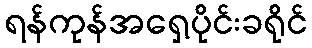
ရန်ကုန်အရှေ့ပိုင်းခရိုင်